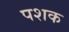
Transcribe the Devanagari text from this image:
पशक